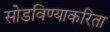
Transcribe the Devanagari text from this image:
सोडविण्‍याकरिता